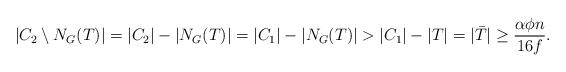
LaTeX: \begin{align*} |C_2 \setminus N_G(T)| = |C_2| - |N_G(T)| = |C_1| - |N_G(T)| > |C_1| - |T| = |\bar{T}| \geq \frac{\alpha \phi n}{16f}.\end{align*}